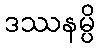
ဒဿနမ္ပိ